Vaccine operations Central Provinces 1886-1899 - 1886-1899
Year: 1886
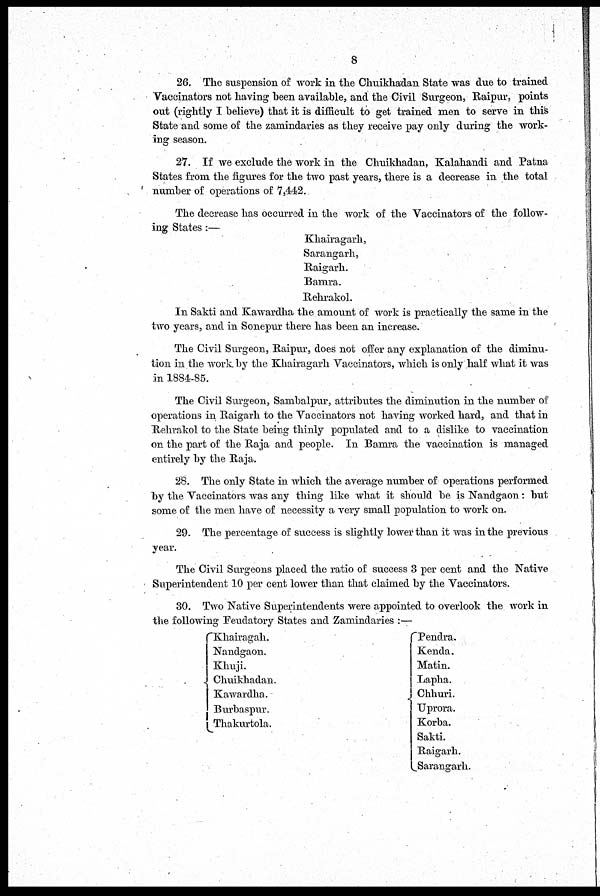
8
26. The suspension of work in the Chuikhadan State was due to trained
Vaccinators not having been available, and the Civil Surgeon, Raipur, points
out (rightly I believe) that it is difficult to get trained men to serve in this
State and some of the zamindaries as they receive pay only during the work-
ing season.
27. If we exclude the work in the Chuikhadan, Kalahandi and Patna
States from the figures for the two past years, there is a decrease in the total
number of operations of 7,442.
The decrease has occurred in the work of the Vaccinators of the follow-
ing States:—
Khairagarh,
Sarangarh,
Raigarh.
Bamra.
Rehrakol.
In Sakti and Kawardha the amount of work is practically the same in the
two years, and in Sonepur there has been an increase.
The Civil Surgeon, Raipur, does not offer any explanation of the diminu-
tion in the work by the Khairagarh Vaccinators, which is only half what it was
in 1884-85.
The Civil Surgeon, Sambalpur, attributes the diminution in the number of
operations in Raigarh to the Vaccinators not having worked hard, and that in
Rehrakol to the State being thinly populated and to a dislike to vaccination
on the part of the Raja and people. In Bamra the vaccination is managed
entirely by the Raja.
28. The only State in which the average number of operations performed
by the Vaccinators was any thing like what it should be is Nandgaon : but
some of the men have of necessity a very small population to work on.
29. The percentage of success is slightly lower than it was in the previous
year.
The Civil Surgeons placed the ratio of success 3 per cent and the Native
Superintendent 10 per cent lower than that claimed by the Vaccinators.
30. Two Native Superintendents were appointed to overlook the work in
the following Feudatory States and Zamindaries :—
Khairagah.
Nandgaon.
Khuji.
Chuikhadan.
Kawardha.
Burbaspur.
Thakurtola.
Pendra.
Kenda.
Matin.
Lapha.
Chhuri.
Uprora.
Korba.
Sakti.
Raigarh.
Sarangarh.